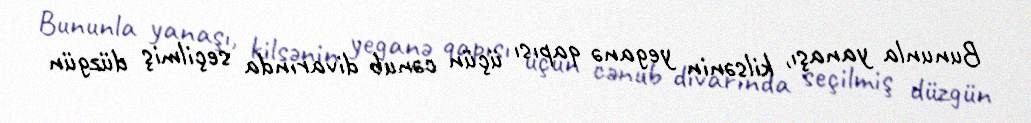
Bununla yanaşı, kilsənin yeganə qapısı üçün cənub divarında seçilmiş düzgün